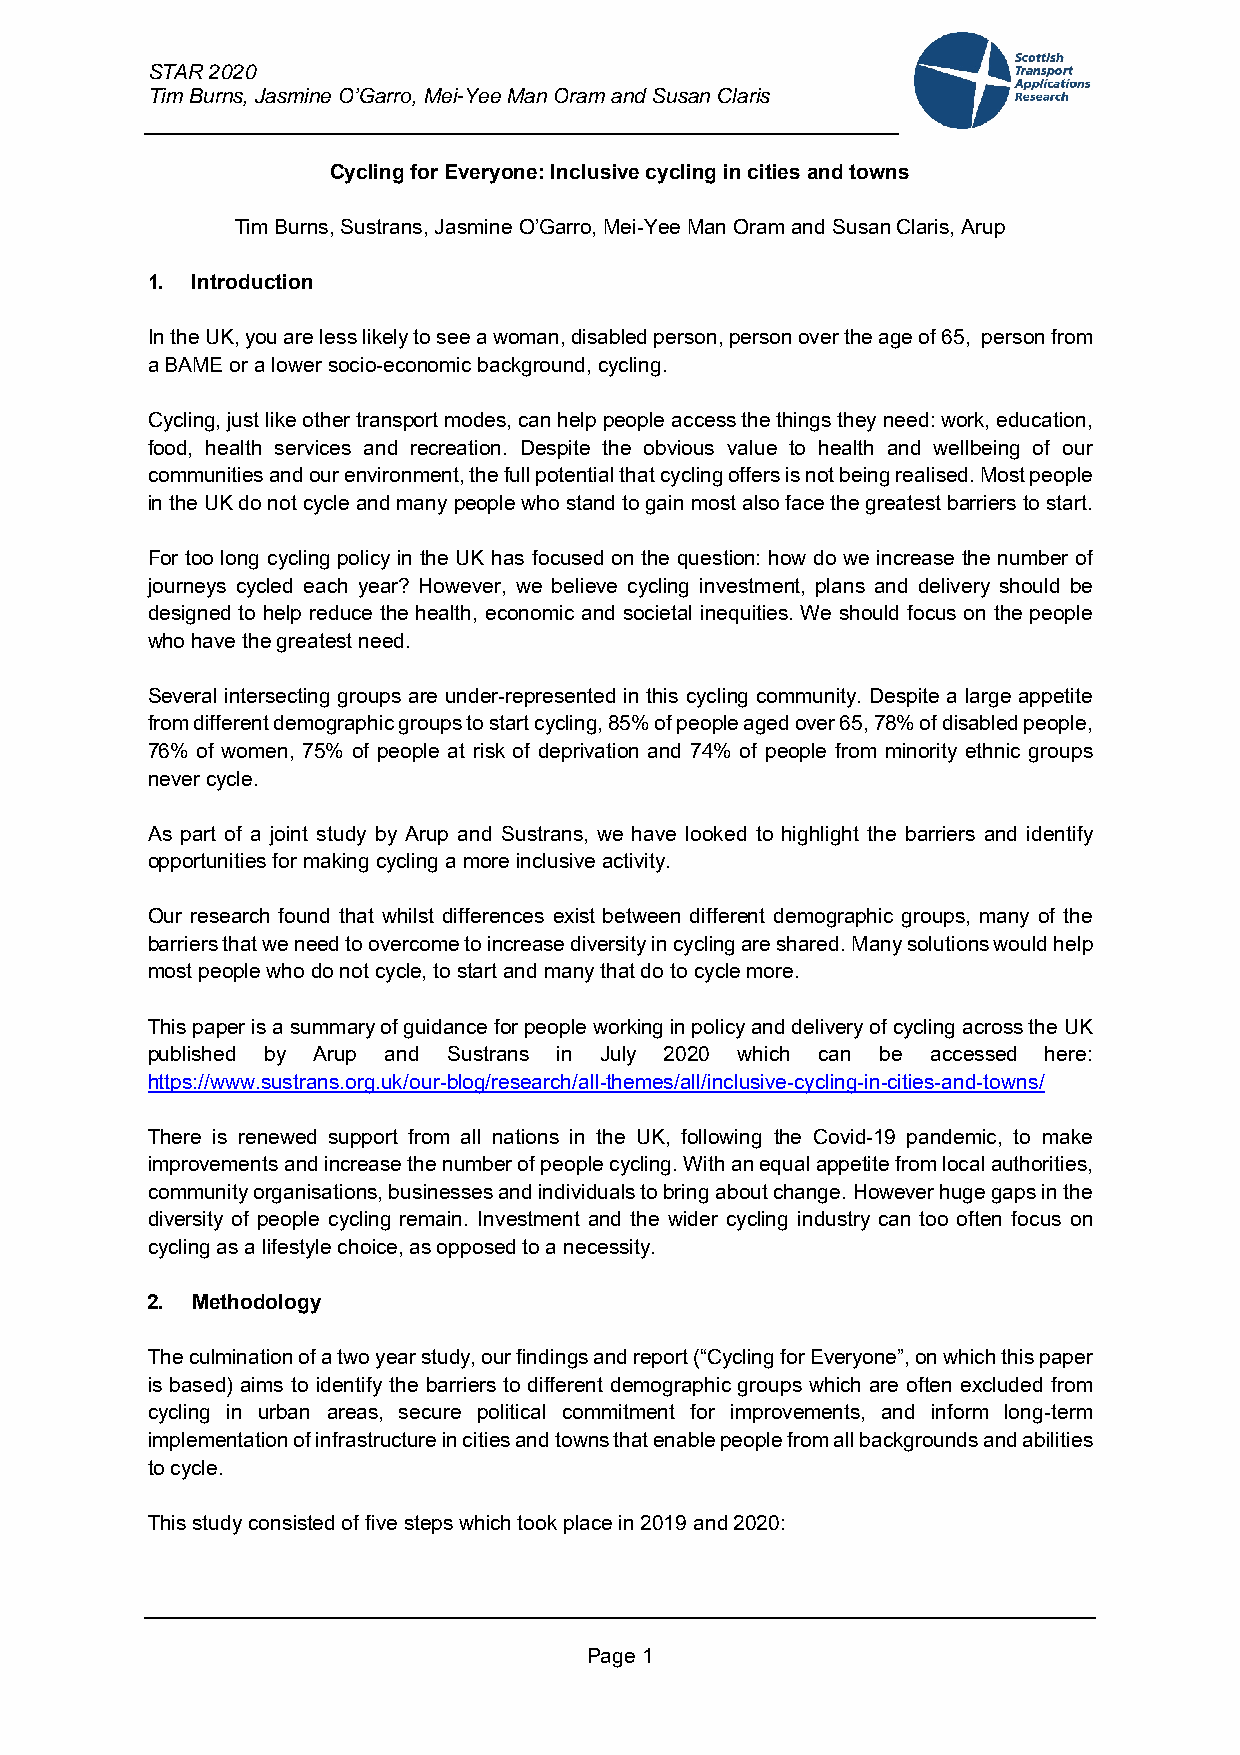
STAR 2020
 Tim Burns, Jasmine O’Garro, Mei-Yee Man Oram and Susan Claris
 Cycling for Everyone: Inclusive cycling in cities and towns
 Tim Burns, Sustrans, Jasmine O’Garro, Mei-Yee Man Oram and Susan Claris, Arup
 1. Introduction
 In the UK, you are less likely to see a woman, disabled person, person over the age of 65, person from
 a BAME or a lower socio-economic background, cycling.
 Cycling, just like other transport modes, can help people access the things they need: work, education,
 food, health services and recreation. Despite the obvious value to health and wellbeing of our
 communities and our environment, the full potential that cycling offers is not being realised. Most people
 in the UK do not cycle and many people who stand to gain most also face the greatest barriers to start.
 For too long cycling policy in the UK has focused on the question: how do we increase the number of
 journeys cycled each year? However, we believe cycling investment, plans and delivery should be
 designed to help reduce the health, economic and societal inequities. We should focus on the people
 who have the greatest need.
 Several intersecting groups are under-represented in this cycling community. Despite a large appetite
 from different demographic groups to start cycling, 85% of people aged over 65, 78% of disabled people,
 76% of women, 75% of people at risk of deprivation and 74% of people from minority ethnic groups
 never cycle.
 As part of a joint study by Arup and Sustrans, we have looked to highlight the barriers and identify
 opportunities for making cycling a more inclusive activity.
 Our research found that whilst differences exist between different demographic groups, many of the
 barriers that we need to overcome to increase diversity in cycling are shared. Many solutions would help
 most people who do not cycle, to start and many that do to cycle more.
 This paper is a summary of guidance for people working in policy and delivery of cycling across the UK
 published by Arup and Sustrans in July 2020 which can be accessed here:
 https://www.sustrans.org.uk/our-blog/research/all-themes/all/inclusive-cycling-in-cities-and-towns/
 There is renewed support from all nations in the UK, following the Covid-19 pandemic, to make
 improvements and increase the number of people cycling. With an equal appetite from local authorities,
 community organisations, businesses and individuals to bring about change. However huge gaps in the
 diversity of people cycling remain. Investment and the wider cycling industry can too often focus on
 cycling as a lifestyle choice, as opposed to a necessity.
 2. Methodology
 The culmination of a two year study, our findings and report (“Cycling for Everyone”, on which this paper
 is based) aims to identify the barriers to different demographic groups which are often excluded from
 cycling in urban areas, secure political commitment for improvements, and inform long-term
 implementation of infrastructure in cities and towns that enable people from all backgrounds and abilities
 to cycle.
 This study consisted of five steps which took place in 2019 and 2020:
 Page 1